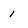
Character: 1